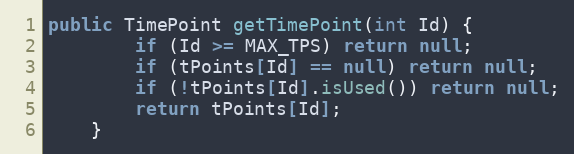
Language: Java
public TimePoint getTimePoint(int Id) {
		if (Id >= MAX_TPS) return null;
		if (tPoints[Id] == null) return null;
		if (!tPoints[Id].isUsed()) return null;
		return tPoints[Id];
	}